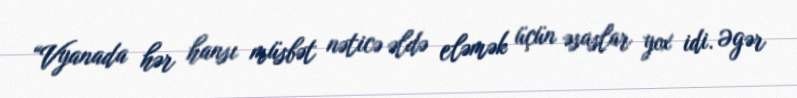
“Vyanada hər hansı müsbət nəticə əldə eləmək üçün əsaslar yox idi. Əgər